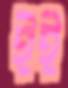
ইই